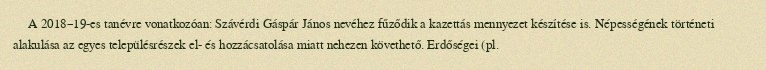
A 2018–19-es tanévre vonatkozóan: Szávérdi Gáspár János nevéhez fűződik a kazettás mennyezet készítése is. Népességének történeti alakulása az egyes településrészek el- és hozzácsatolása miatt nehezen követhető. Erdőségei (pl.